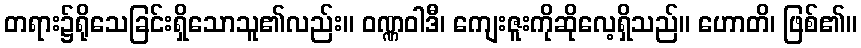
တရား၌ရိုသေခြင်းရှိသောသူ၏လည်း။ ဝဏ္ဏဝါဒီ၊ ကျေးဇူးကိုဆိုလေ့ရှိသည်။ ဟောတိ၊ ဖြစ်၏။